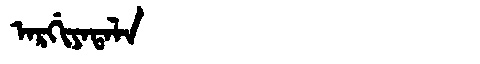
Manchu: ᠠᡵᡤᡳᠶᠠᡨᠠᠯᠠ
Romanization: ARGIYATALA